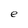
Character: e